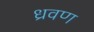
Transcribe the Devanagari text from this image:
ध्रवण